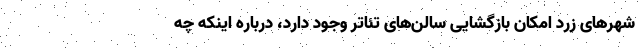
شهرهای زرد امکان بازگشایی سالن‌های تئاتر وجود دارد، درباره اینکه چه